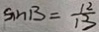
\sin B = \frac { 1 2 } { 1 3 }